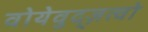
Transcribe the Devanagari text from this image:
वोयेवुद्ज़त्वो